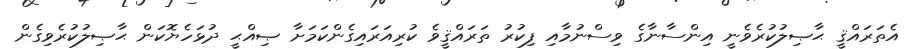
އެތަރައްޤީ ޙާޞިލުކުރެވެނީ އިންސާނާގެ ވިސްނުމާއި ފިކުރު ތަރައްޤީވެ ކުރިއަރައިގެންކަމަށާ ޞިއްޙީ ދުޅަހެޔޮކަން ޙާޞިލުކުރެވިގެން